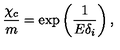
\frac { \chi _ { c } } { m } = \exp \left( \frac { 1 } { E \delta _ { i } } \right) ,